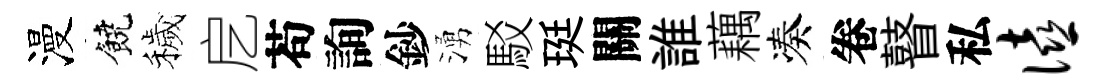
漫饒穢戹苟詢鈔湧駁珽關誰藕凑卷瞽私僖